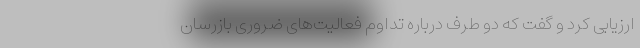
ارزیابی کرد و گفت که دو طرف درباره تداوم فعالیت‌های ضروری بازرسان